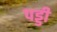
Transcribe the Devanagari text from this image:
पड्डी